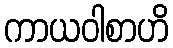
ကာယဝါစာဟိ